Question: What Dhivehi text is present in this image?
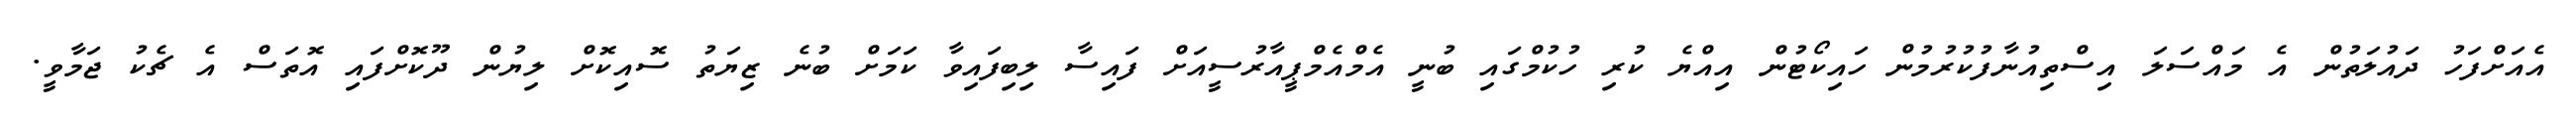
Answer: އެއަށްފަހު ދައުލަތުން އެ މައްސަލަ އިސްތިއުނާފުކުރުމުން ހައިކޯޓުން އިއްޔެ ކުރި ހުކުމްގައި ބުނީ އެމްއެމްޕީއާރުސީއަށް ފައިސާ ލިބިފައިވާ ކަމަށް ބުނެ ޒިޔަތު ސޮއިކޮށް ލިޔުން ދޫކޮށްފައި އޮތަސް އެ ޗެކު ޖަމާވީ.